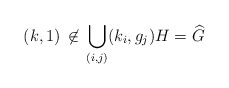
\begin{align*}(k, 1) \,\not\in\, \bigcup_{(i, j)} (k_i, g_j) H = \widehat{G}\end{align*}